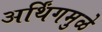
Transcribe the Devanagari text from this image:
अर्थिंगमुळे